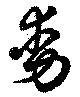
動